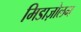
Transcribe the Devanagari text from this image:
मिडाज़ोलम